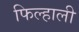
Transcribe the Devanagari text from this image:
फिल्हाली